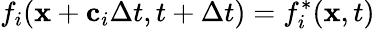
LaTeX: f_{i}(\mathbf{x}+\mathbf{c}_{i}\Delta t,t+\Delta t)=f_{i}^{*}(\mathbf{x},t)